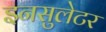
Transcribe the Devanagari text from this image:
इनसुलेटर